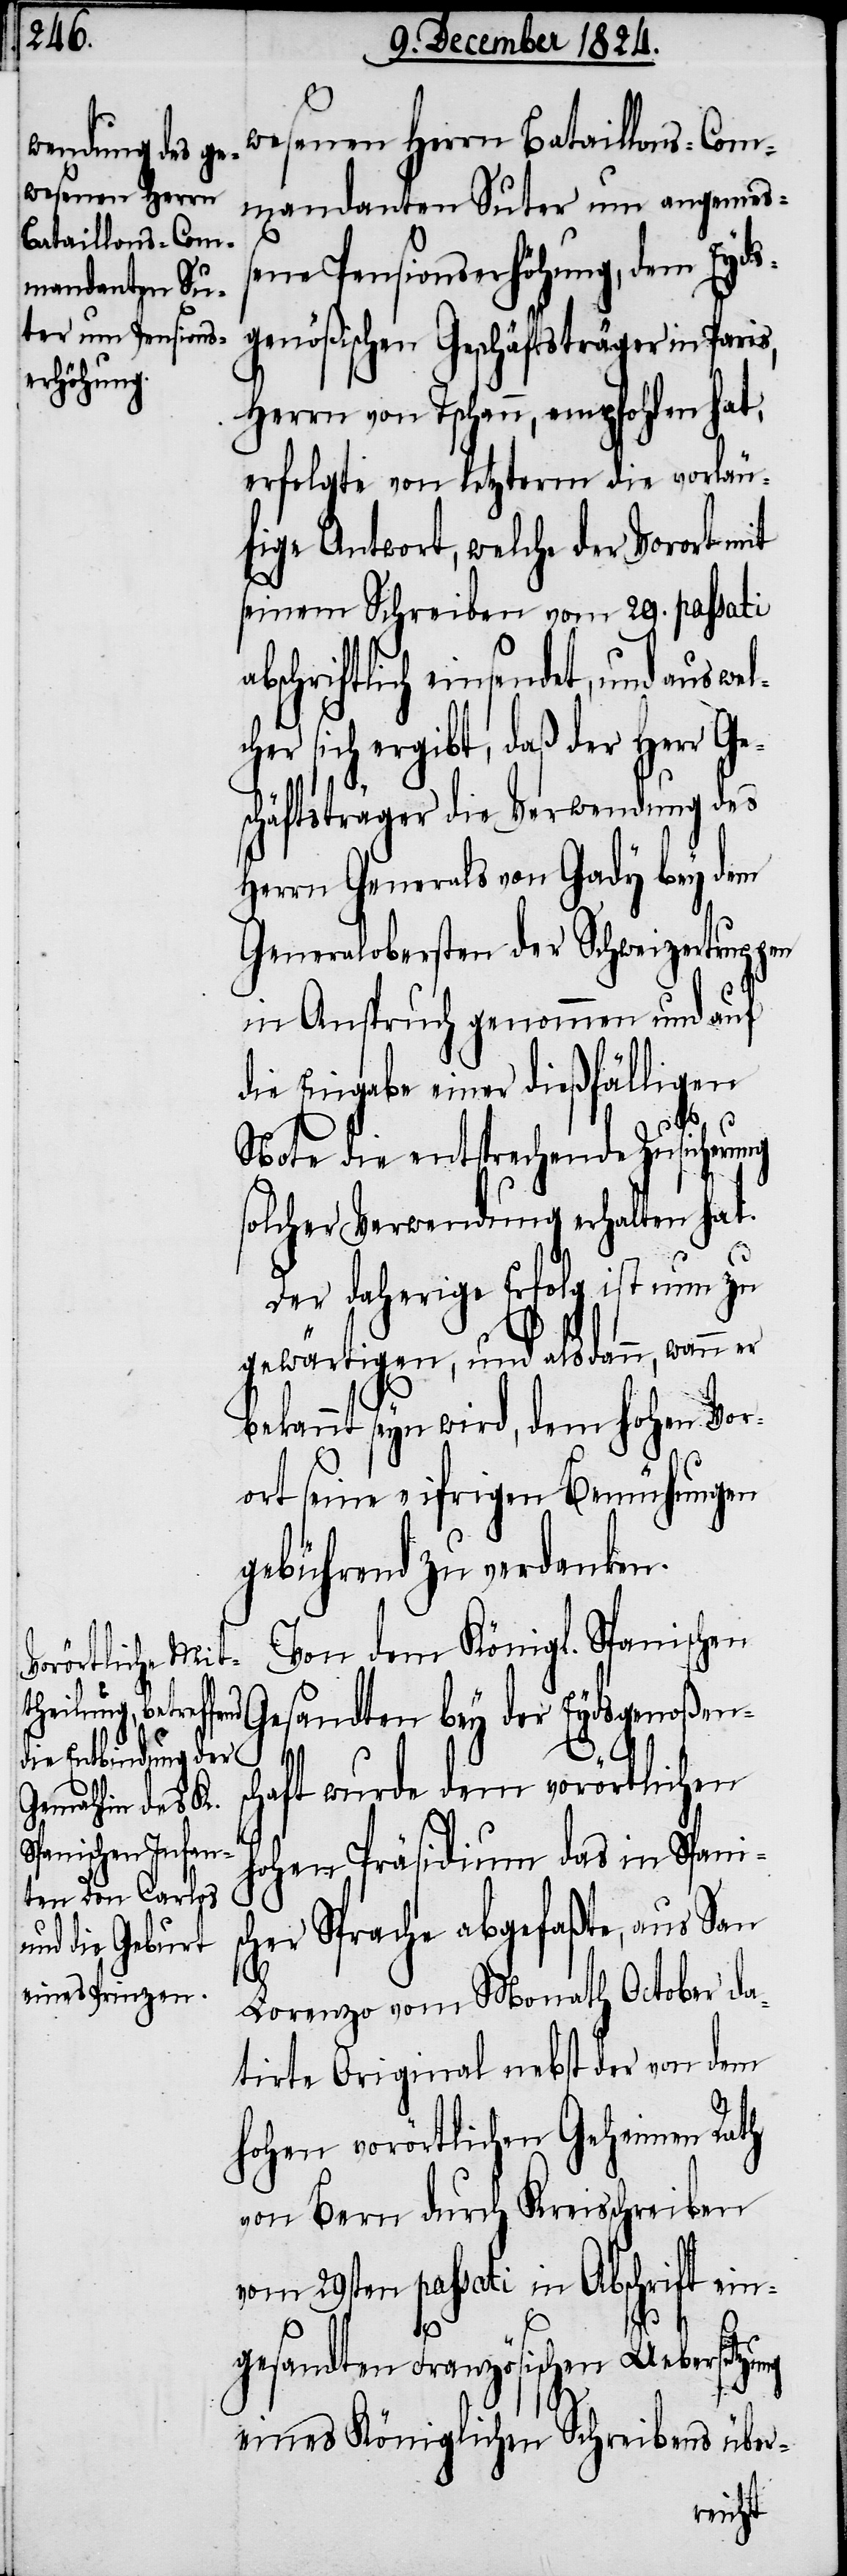
wesenen Herrn Bataillons-Com¬
mandanten Suter um angemeß¬
ene Pensionserhöhung, dem Eyds¬
genößischen Geschäftsträger in Paris,
Herrn von Tschann, empfohlen hat,
erfolgte von letzterm die vorläu¬
fige Antwort, welche der Vorort mit
seinem Schreiben vom 29. passati
bschriftlich einsendet, und aus we¬
hem sich ergibt, daß der Herr Ge¬
häftsträger die Verwendung des
Herrn General von Gady bey dem
Generalobersten der Schweizertruppen
in Anspruch genommen und auf
die Eingabe einer dießfälligen
ng
Note die entsprechende Zusicherung
olcher Verwendung erhalten hat.
Der daherige Erfolg ist nun zu
gewärtigen, und alsdann, wann er
bekannt seyn wird, dem hohen Vor¬
ort seine eifrigen Bemühungen
gebührend zu verdanken.
Von dem Königl. Spanischen
Gesandten bey der Eydsgenoßen¬
sc¬
schaft wurde dem vorörtlichen
Hohen Präsidium das in Spani¬
her Sprache abgefaßte, aus San
Lorenzo vom Monath October da¬
tirte Original nebst der von dem
hohen vorörtlichen Geheimen Rath
vom 29sten passati in Abschrift ein¬
s¬
gesandten Französischen Uebersetzu¬
eines Königlichen Schreibens über-